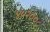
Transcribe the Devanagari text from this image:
४५२००८